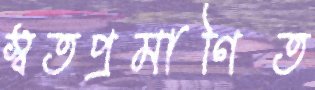
স্বতপ্রমাণিত